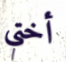
أختي